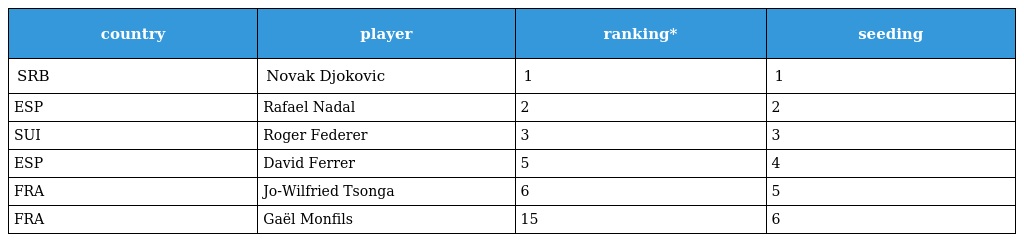
| country | player | ranking* | seeding |
 | --- | --- | --- | --- |
 | SRB | Novak Djokovic | 1 | 1 |
 | ESP | Rafael Nadal | 2 | 2 |
 | SUI | Roger Federer | 3 | 3 |
 | ESP | David Ferrer | 5 | 4 |
 | FRA | Jo-Wilfried Tsonga | 6 | 5 |
 | FRA | Gaël Monfils | 15 | 6 |